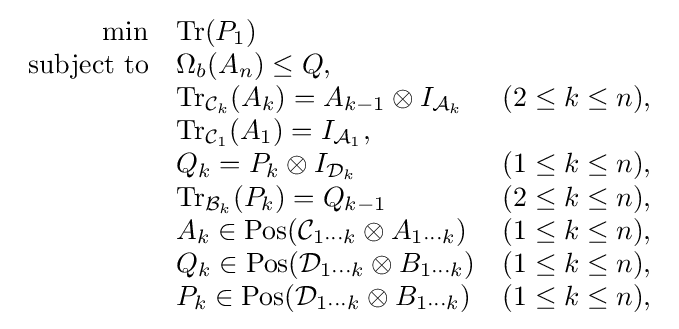
{\begin{array}{rll}\min &\operatorname {Tr} (P_{1})\\{\text{subject to}}&\Omega _{b}(A_{n})\leq Q,\\&\operatorname {Tr} _{{\mathcal {C}}_{k}}(A_{k})=A_{k-1}\otimes I_{{\mathcal {A}}_{k}}&(2\leq k\leq n),\\&\operatorname {Tr} _{{\mathcal {C}}_{1}}(A_{1})=I_{{\mathcal {A}}_{1}},\\&Q_{k}=P_{k}\otimes I_{{\mathcal {D}}_{k}}&(1\leq k\leq n),\\&\operatorname {Tr} _{{\mathcal {B}}_{k}}(P_{k})=Q_{k-1}&(2\leq k\leq n),\\&A_{k}\in \operatorname {Pos} ({\mathcal {C}}_{1\cdots k}\otimes A_{1\cdots k})&(1\leq k\leq n),\\&Q_{k}\in \operatorname {Pos} ({\mathcal {D}}_{1\cdots k}\otimes B_{1\cdots k})&(1\leq k\leq n),\\&P_{k}\in \operatorname {Pos} ({\mathcal {D}}_{1\cdots k}\otimes B_{1\cdots k})&(1\leq k\leq n),\\\end{array}}